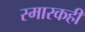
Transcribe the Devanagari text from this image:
स्मारकही